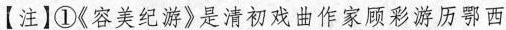
【注】①《容美纪游》是清初戏曲作家顾彩游历部鄂西